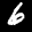
Label: 6